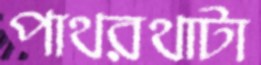
পাথরথাটা